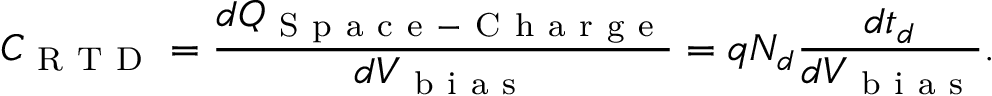
C _ { \mathrm { ~ R ~ T ~ D ~ } } = \frac { d Q _ { \mathrm { ~ S ~ p ~ a ~ c ~ e ~ - ~ C ~ h ~ a ~ r ~ g ~ e ~ } } } { d V _ { \mathrm { ~ b ~ i ~ a ~ s ~ } } } = q N _ { d } \frac { d t _ { d } } { d V _ { \mathrm { ~ b ~ i ~ a ~ s ~ } } } .